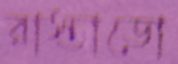
রাস্তাডো